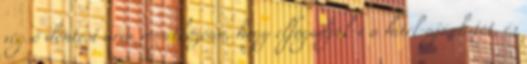
végső döntést arra vonatkozóan, hogy elfogadják-e a hitel-ajánlatot, és